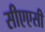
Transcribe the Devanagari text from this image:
सीएएसी